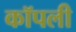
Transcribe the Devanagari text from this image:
कॉपली